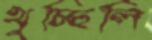
থুচ্ছিলি